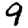
Digit: 9